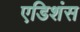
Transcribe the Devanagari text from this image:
एडिशंस